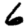
Digit: 6